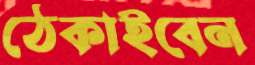
ঠেকাইবেন